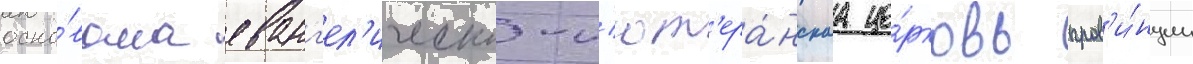
осно́вана еванг'ел'ическо-л'ют'ера́нскаа це́рковь пров'и́нции